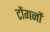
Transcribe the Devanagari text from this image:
टोंगनों